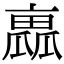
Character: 𠆁